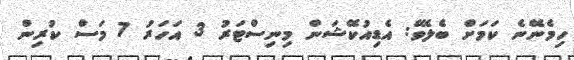
ހިމެނޭނެ ކަމަށް ބެލެވޭ: އެޑިއުކޭޝަން މިނިސްޓަރު 3 އަހަރު 7 މަސް ކުރިން